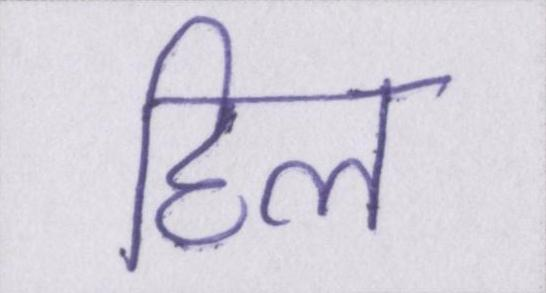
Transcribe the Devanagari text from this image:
हिल